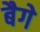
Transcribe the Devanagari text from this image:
बैगे